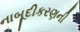
નાબૂદીકરણની